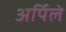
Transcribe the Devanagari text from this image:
अर्पिले